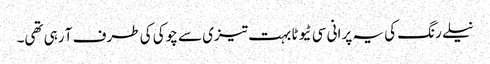
نیلے رنگ کی یہ پرانی سی ٹیوٹا بہت تیزی سے چوکی کی طرف آ رہی تھی۔